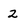
Character: 2